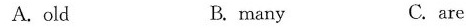
A. old B. many C. are